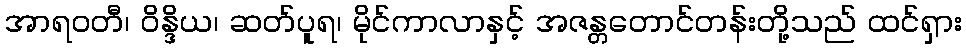
အာရဝတီ၊ ဝိန္ဒိယ၊ ဆတ်ပူရ၊ မိုင်ကာလာနှင့် အဇန္တတောင်တန်းတို့သည် ထင်ရှား